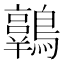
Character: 𪆾